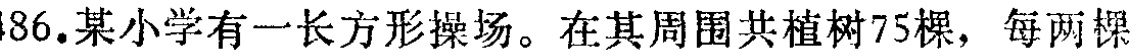
86.某小学有一长方形操场。在其周围共植树75棵，每两棵